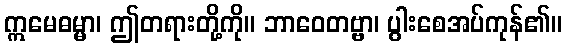
ဣမေဓမ္မာ၊ ဤတရားတို့ကို။ ဘာဝေတဗ္ဗာ၊ ပွါးစေအပ်ကုန်၏။